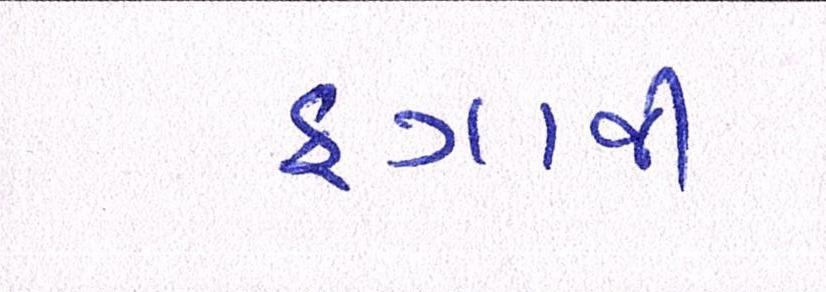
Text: ફગાવી